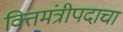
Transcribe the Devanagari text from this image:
वित्तमंत्रीपदाचा